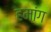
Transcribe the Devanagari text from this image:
हमांग